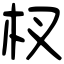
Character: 杈